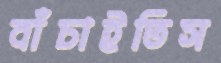
বাঁচাইতিস